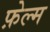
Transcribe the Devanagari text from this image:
फ़ेल्म